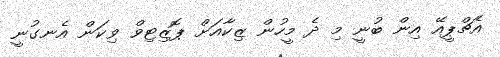
އެޗްޕީއޭ އިން ބުނީ މި ދެ މީހުން ޒިކާއަށް ޕޮޒިޓިވް ވިކަން އެނގުނީ